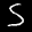
Label: 5